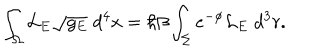
LaTeX: \int _ { \Omega } { \cal L } _ { E } \sqrt { g _ { E } } \; d ^ { 4 } x = \hbar \beta \int _ { \Sigma } e ^ { - \phi } { \cal L } _ { E } \; d ^ { 3 } r .